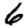
Digit: 6